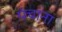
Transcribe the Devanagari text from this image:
पंचाना